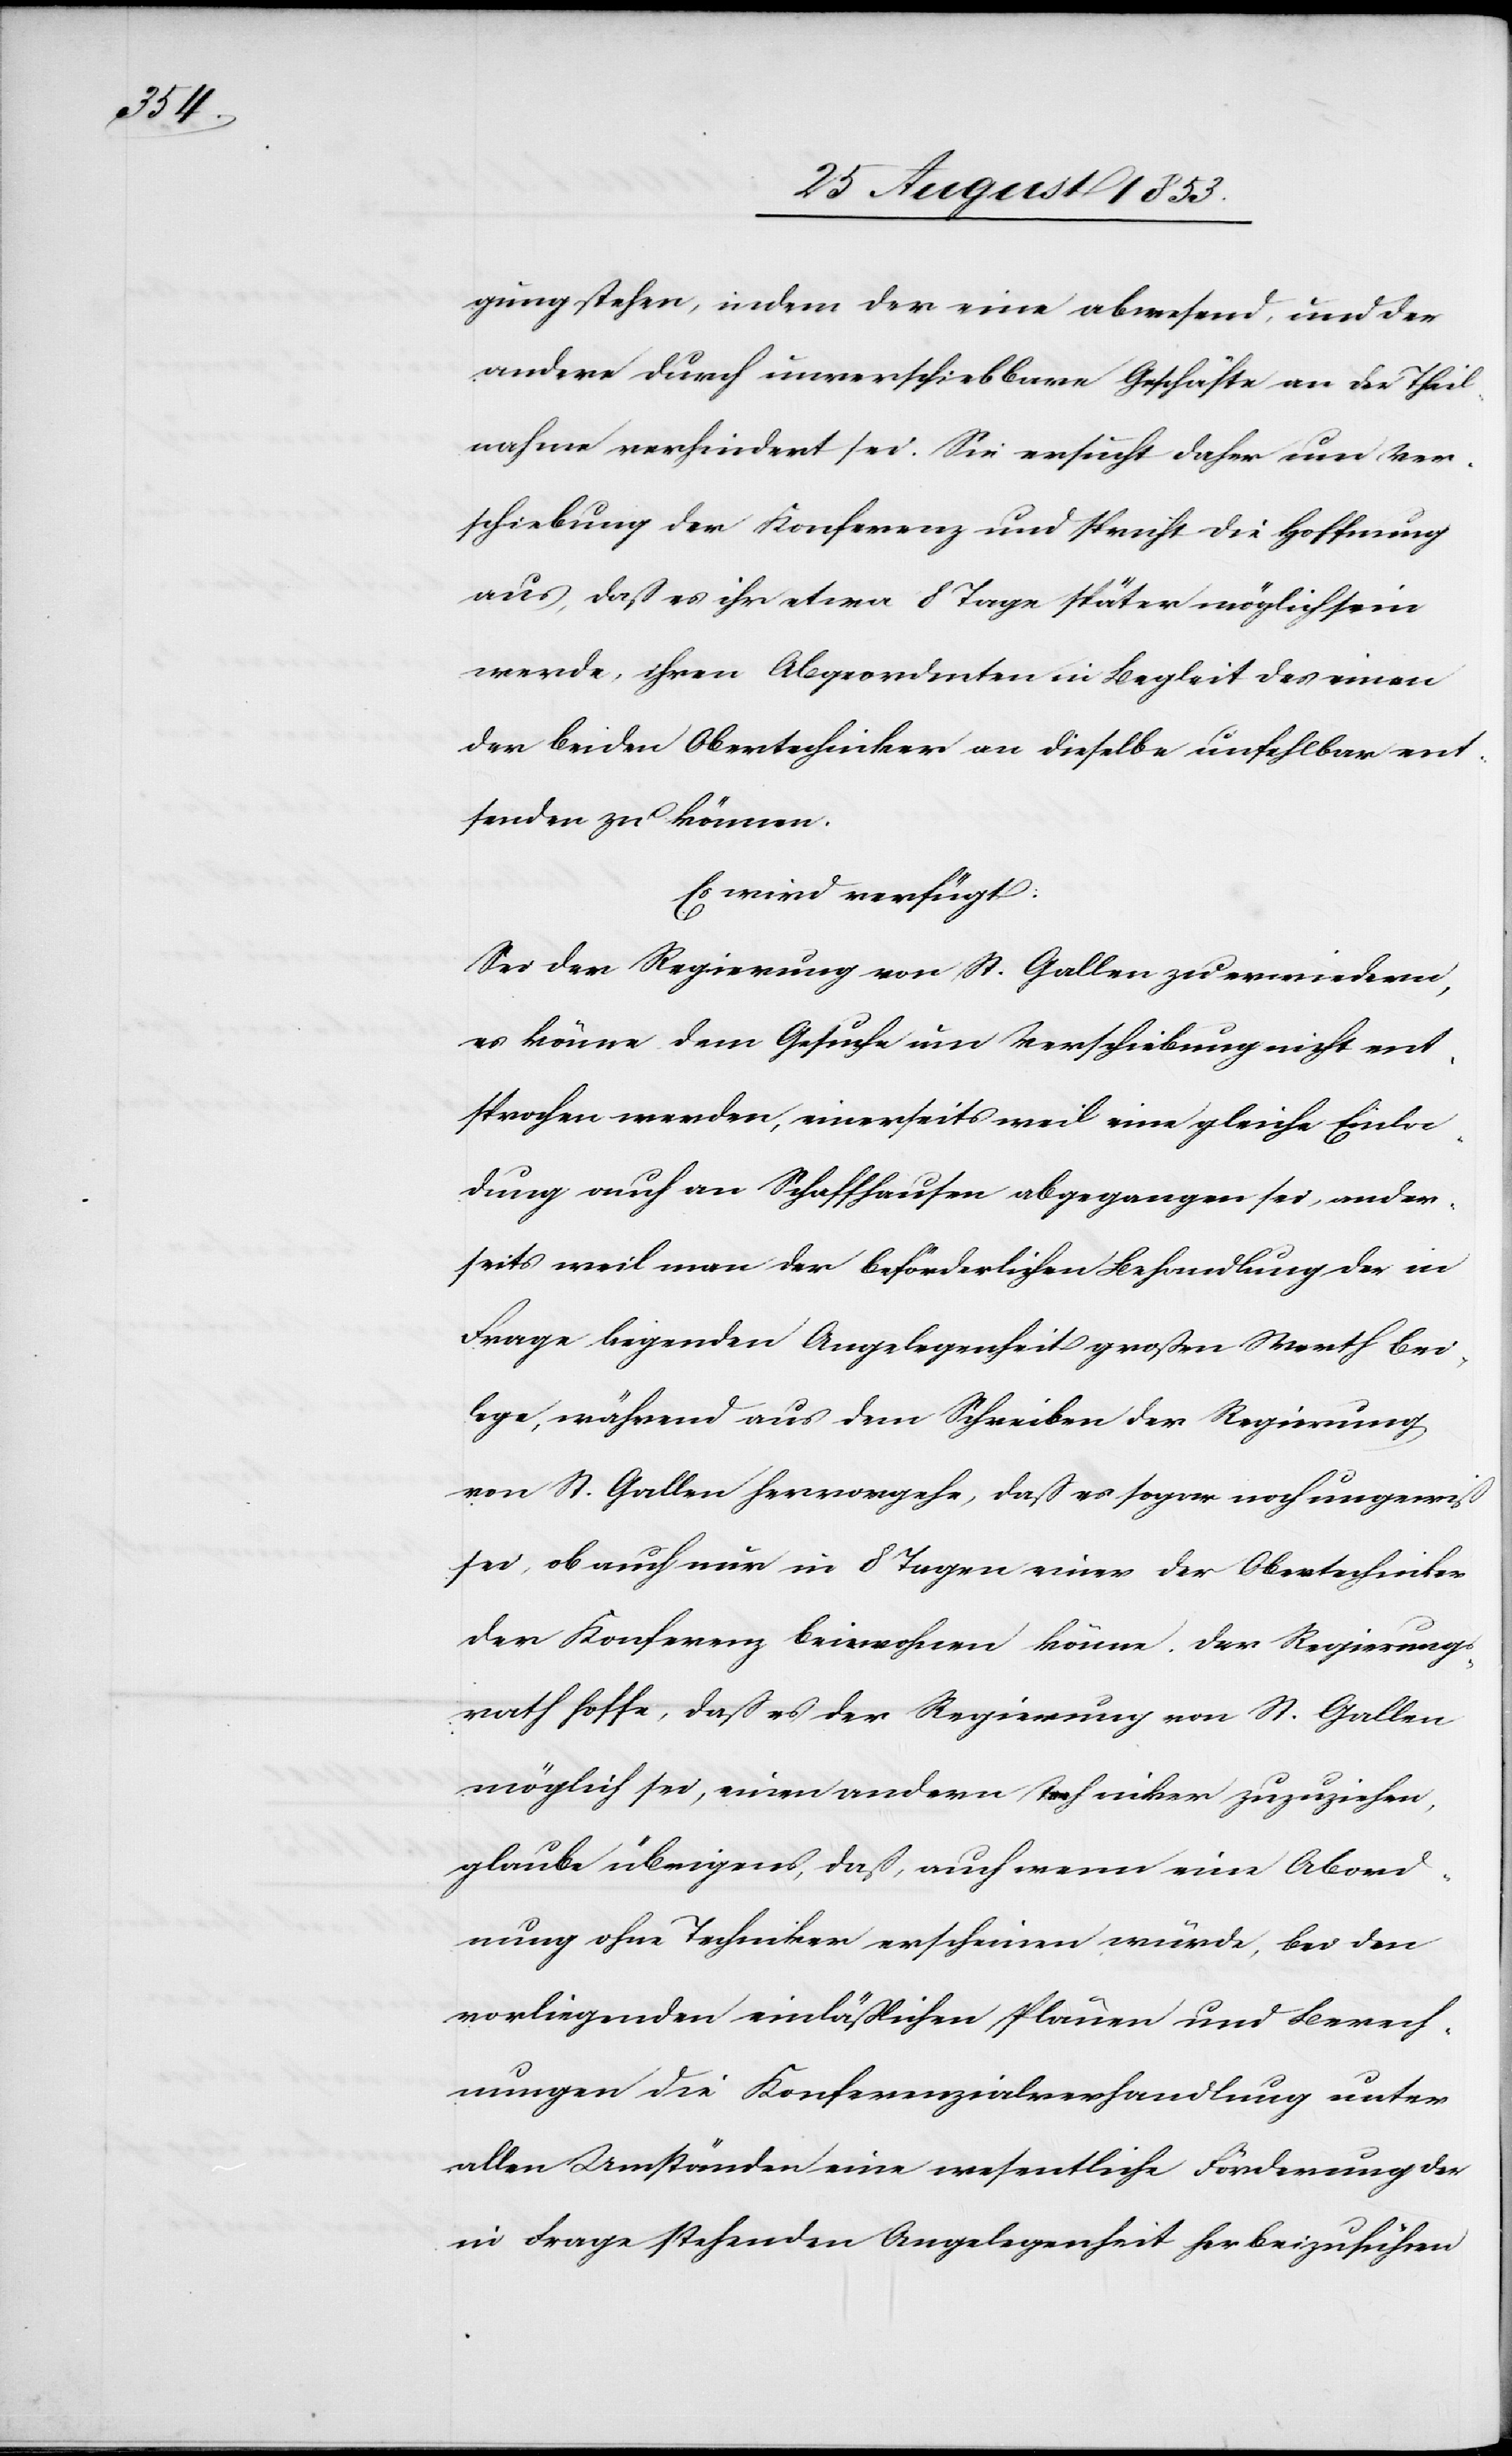
gung stehen, indem der eine abwesend, und der
andere durch unverschiebbare Geschäfte an der Theil¬
nahme verhindert sei. Sie ersucht daher um Ver¬
schiebung der Konferenz und spricht die Hoffnung
aus, daß es ihr etwa 8 Tage später möglich sein
werde, ihren Abgeordneten in Begleit des einen
der beiden Obertechniker an dieselbe unfehlbar ent¬
senden zu können.
Es wird verfügt:
Sei der Regierung von St. Gallen zu erwiedern,
es könne dem Gesuche um Verschiebung nicht ent¬
sprochen werden, einerseits weil eine gleiche Einla¬
dung auch an Schaffhausen abgegangen sei, ander¬
seits weil man der beförderlichen Behandlung der in
Frage liegenden Angelegenheit großen Werth bei¬
lege, während aus dem Schreiben der Regierung
von St. Gallen hervorgehe, daß es sogar noch ungewiß
sei, ob auch nur in 8 Tagen einer der Obertechniker
der Konferenz beiwohnen könne. Der Regierungs¬
rath hoffe, daß es der Regierung von St. Gallen
möglich sei, einen andern Techniker zuzuziehen,
glaube übrigens, daß, auch wenn eine Abord¬
nung ohne Techniker erscheinen würde, bei den
vorliegenden einläßlichen Plänen und Berech¬
nungen die Konferenzialverhandlung unter
allen Umständen eine wesentliche Förderung der
in Frage stehenden Angelegenheit herbeizuführen